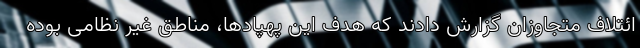
ائتلاف متجاوزان گزارش دادند که هدف این پهپادها، مناطق غیر نظامی بوده